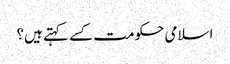
اسلامی حکومت کسے کہتے ہیں؟